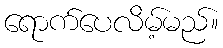
ရောက်ပေလိမ့်မည်။